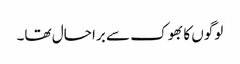
لوگوں کا بھوک سے برا حال تھا۔